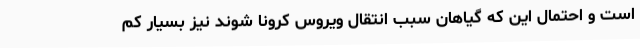
است و احتمال این که گیاهان سبب انتقال ویروس کرونا شوند نیز بسیار کم